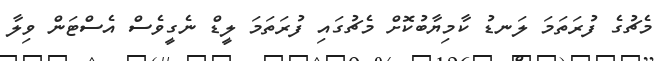
މެޗުގެ ފުރަތަމަ ލަނޑު ކާމިޔާބުކޮށް މެޗުގައި ފުރަތަމަ ލީޑް ނެގީވެސް އެސްޓަން ވިލާ